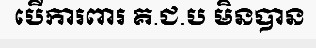
បើការពារ គ.ជ.ប មិនបាន